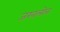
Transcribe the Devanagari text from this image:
जखलोन